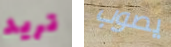
تريد يصوب